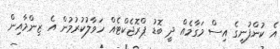
އެ ކުންފުނީގެ އިސް މަގާމެއް ދީ ބޮޑު ޕްރޮޖެކްޓެއް ހަވާލުކުރުމުން އެ ޒިންމާއިން